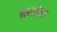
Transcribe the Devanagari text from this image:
वाल्डेस